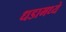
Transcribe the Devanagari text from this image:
धडामध्ये